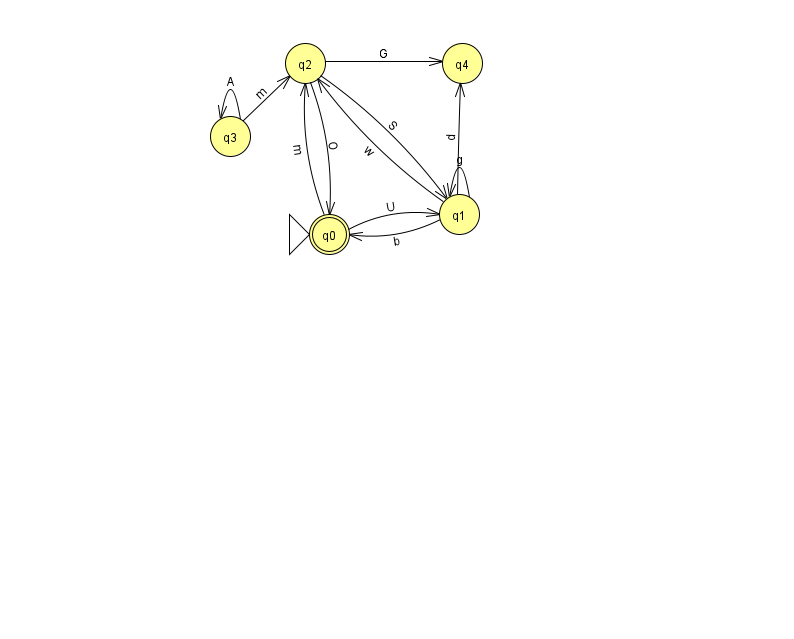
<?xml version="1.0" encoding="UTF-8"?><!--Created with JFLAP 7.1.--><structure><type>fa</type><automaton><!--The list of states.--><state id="0" name="q0"><x>329.0</x><y>221.0</y><initial/><final/></state><state id="1" name="q1"><x>459.0</x><y>201.0</y></state><state id="2" name="q2"><x>305.0</x><y>50.0</y></state><state id="3" name="q3"><x>230.0</x><y>123.0</y></state><state id="4" name="q4"><x>462.0</x><y>50.0</y></state><!--The list of transitions.--><transition><from>3</from><to>3</to><read>A</read></transition><transition><from>1</from><to>1</to><read>g</read></transition><transition><from>1</from><to>4</to><read>d</read></transition><transition><from>1</from><to>2</to><read>w</read></transition><transition><from>0</from><to>1</to><read>U</read></transition><transition><from>2</from><to>4</to><read>G</read></transition><transition><from>2</from><to>1</to><read>S</read></transition><transition><from>3</from><to>2</to><read>m</read></transition><transition><from>0</from><to>2</to><read>m</read></transition><transition><from>1</from><to>0</to><read>b</read></transition><transition><from>2</from><to>0</to><read>O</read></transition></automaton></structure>